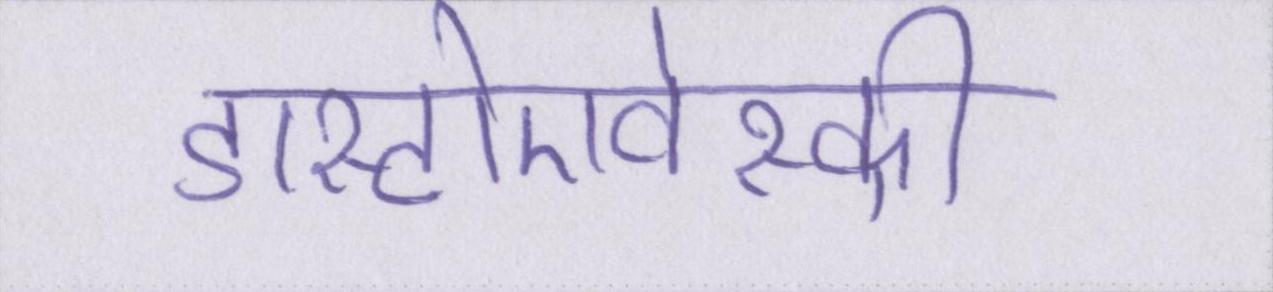
डास्टोएवेस्की